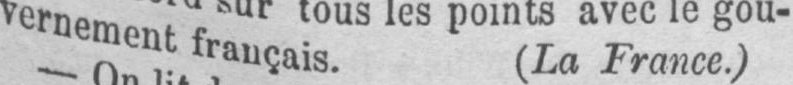
vernement français. (La France.)